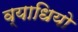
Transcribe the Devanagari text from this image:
व्याधियो